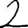
Digit: 2